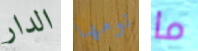
الدار نومها ما